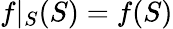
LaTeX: f|_{S}(S)=f(S)